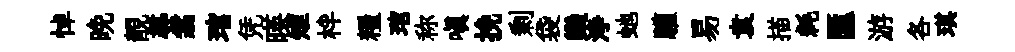
悼晚靚𡬶翥琯凭暎雉柈糧琯称嗔挽剰袋欒浄虵驩易袁描耗匯游各琪